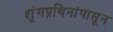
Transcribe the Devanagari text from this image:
शृंगप्रथिनांपासून